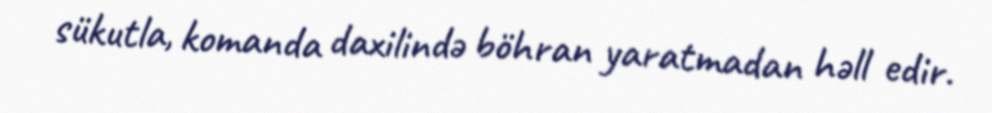
sükutla, komanda daxilində böhran yaratmadan həll edir.